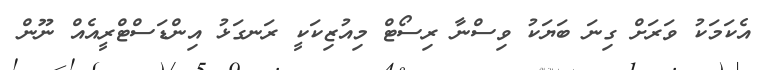
އެކަމަކު ވަރަށް ގިނަ ބަޔަކު ވިސްނާ ރިސޯޓް މިއުޒިކަކީ ރަނގަޅު އިންޑަސްޓްރީއެއް ނޫން